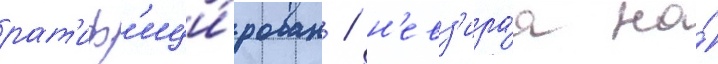
рат'иф'ици́рован / н'евз'ира́я на́